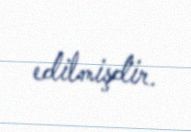
edilmişdir.